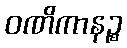
ဝဏိကာနဉ္စ